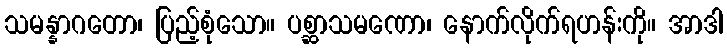
သမန္နာဂတော၊ ပြည့်စုံသော။ ပစ္ဆာသမဏော၊ နောက်လိုက်ရဟန်းကို။ အာဒါ